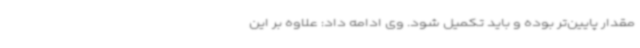
مقدار پایین‌تر بوده و باید تکمیل شود. وی ادامه داد: علاوه بر این